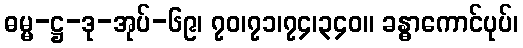
ဓမ္မ-ဋ္ဌ-ဒု-အုပ်-၆၉၊ ၇၀၊၇၁၊၇၄၊၃၄၀။ ခန္ဓာကောင်ပုပ်၊